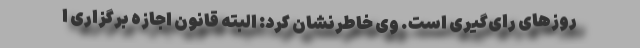
روزهای رای‌گیری است. وی خاطرنشان کرد: البته قانون اجازه برگزاری ا